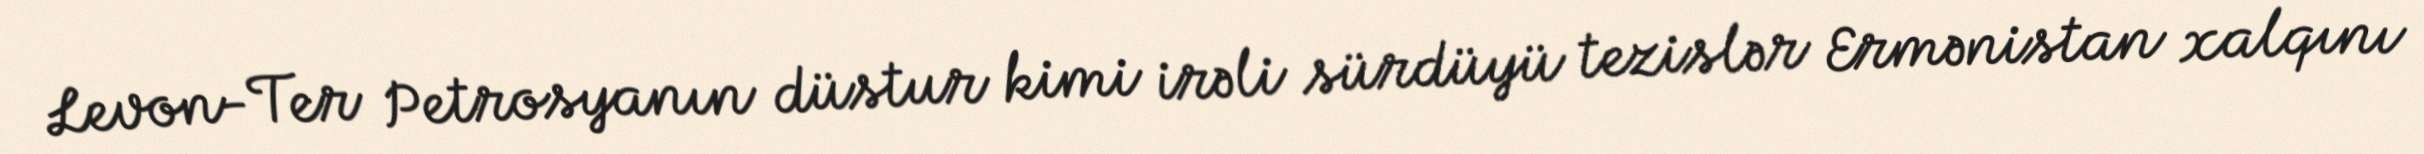
Levon-Ter Petrosyanın düstur kimi irəli sürdüyü tezislər Ermənistan xalqını